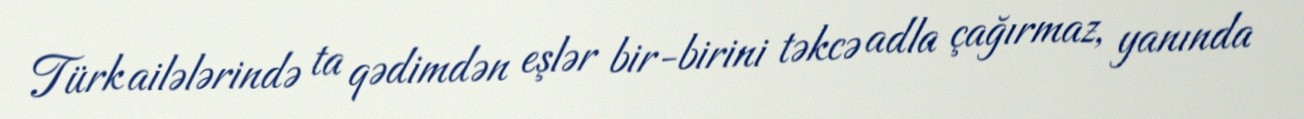
Türk ailələrində ta qədimdən eşlər bir-birini təkcə adla çağırmaz, yanında